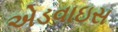
એડવાઇસ